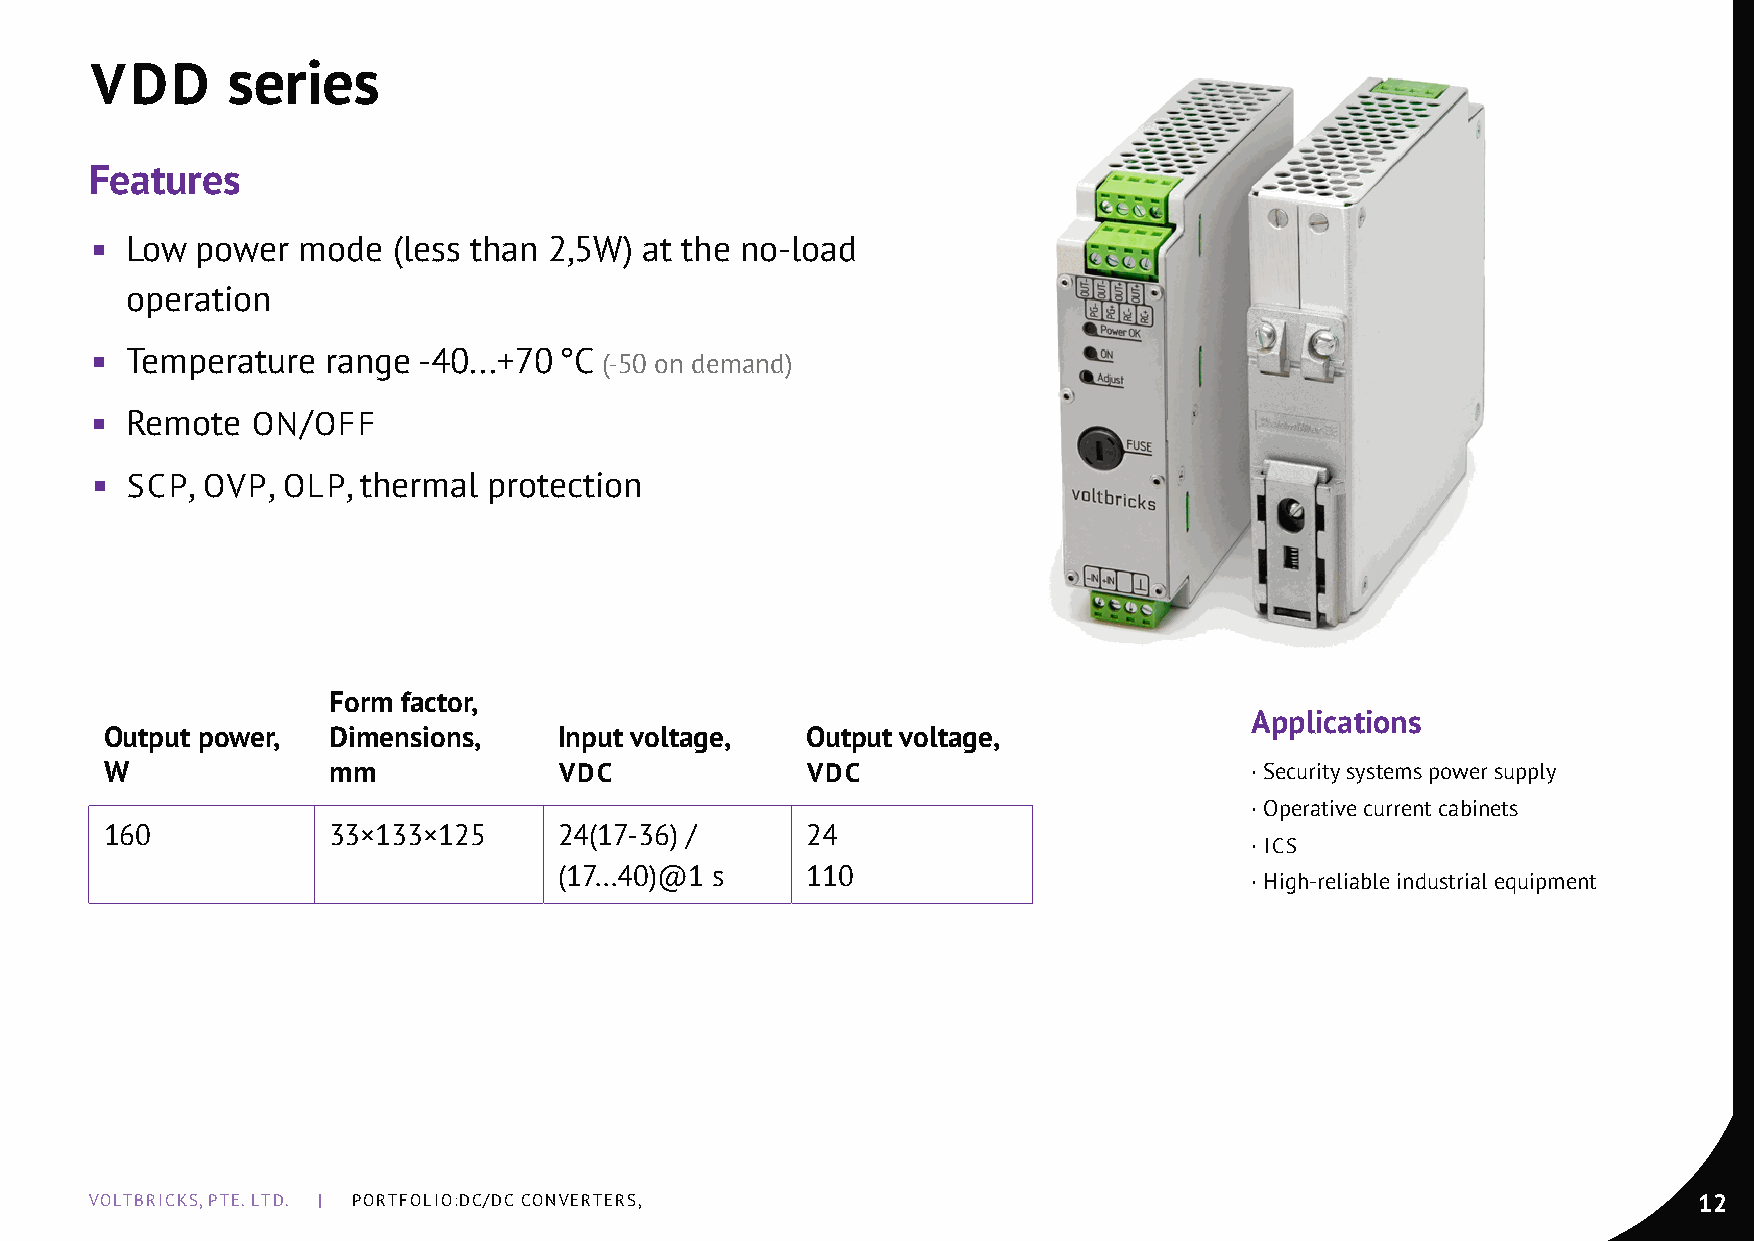
VDD      series
 Features
 ◾ Low  power  mode  (less than 2,5W) at the no-load
 operation
 ◾ Temperature   range -40...+70 °С (-50 on demand)
 ◾ Remote   On/OFF
 ◾ SCP, OVP,  OLP, thermal protection
 Form factor,
 Applications
 Output power,  Dimensions,    Input voltage,  Output voltage,
 W              mm             VDC             VDC                           · Security systems power supply
 · Operative current cabinets
 160            33×133×125     24(17-36) /     24
 · ICS
 (17...40)@1 s   110
 · High-reliable industrial equipment
 VOLTBRICKS, PTE. LTD. | PORTFOLIO:DC/DC COnVERTERS,                                                       12